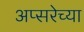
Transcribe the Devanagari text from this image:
अप्सरेच्या